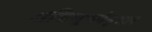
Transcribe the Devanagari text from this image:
अधिसूचनेनुसार